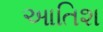
આતિશ